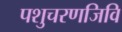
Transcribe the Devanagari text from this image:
पशुचरणजिवि